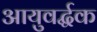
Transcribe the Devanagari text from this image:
आयुवर्द्धक